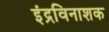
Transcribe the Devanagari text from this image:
इंद्रविनाशक